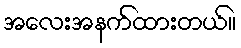
အလေးအနက်ထားတယ်။